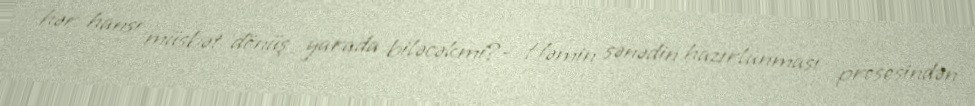
hər hansı müsbət dönüş yarada biləcəkmi?- Həmin sənədin hazırlanması prosesindən